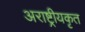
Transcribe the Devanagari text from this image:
अराष्ट्रीयकृत